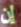
إن